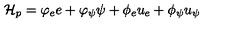
\mathcal { H } _ { p } = \varphi _ { e } e + \varphi _ { \psi } \psi + \phi _ { e } u _ { e } + \phi _ { \psi } u _ { \psi }